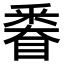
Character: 𨤗